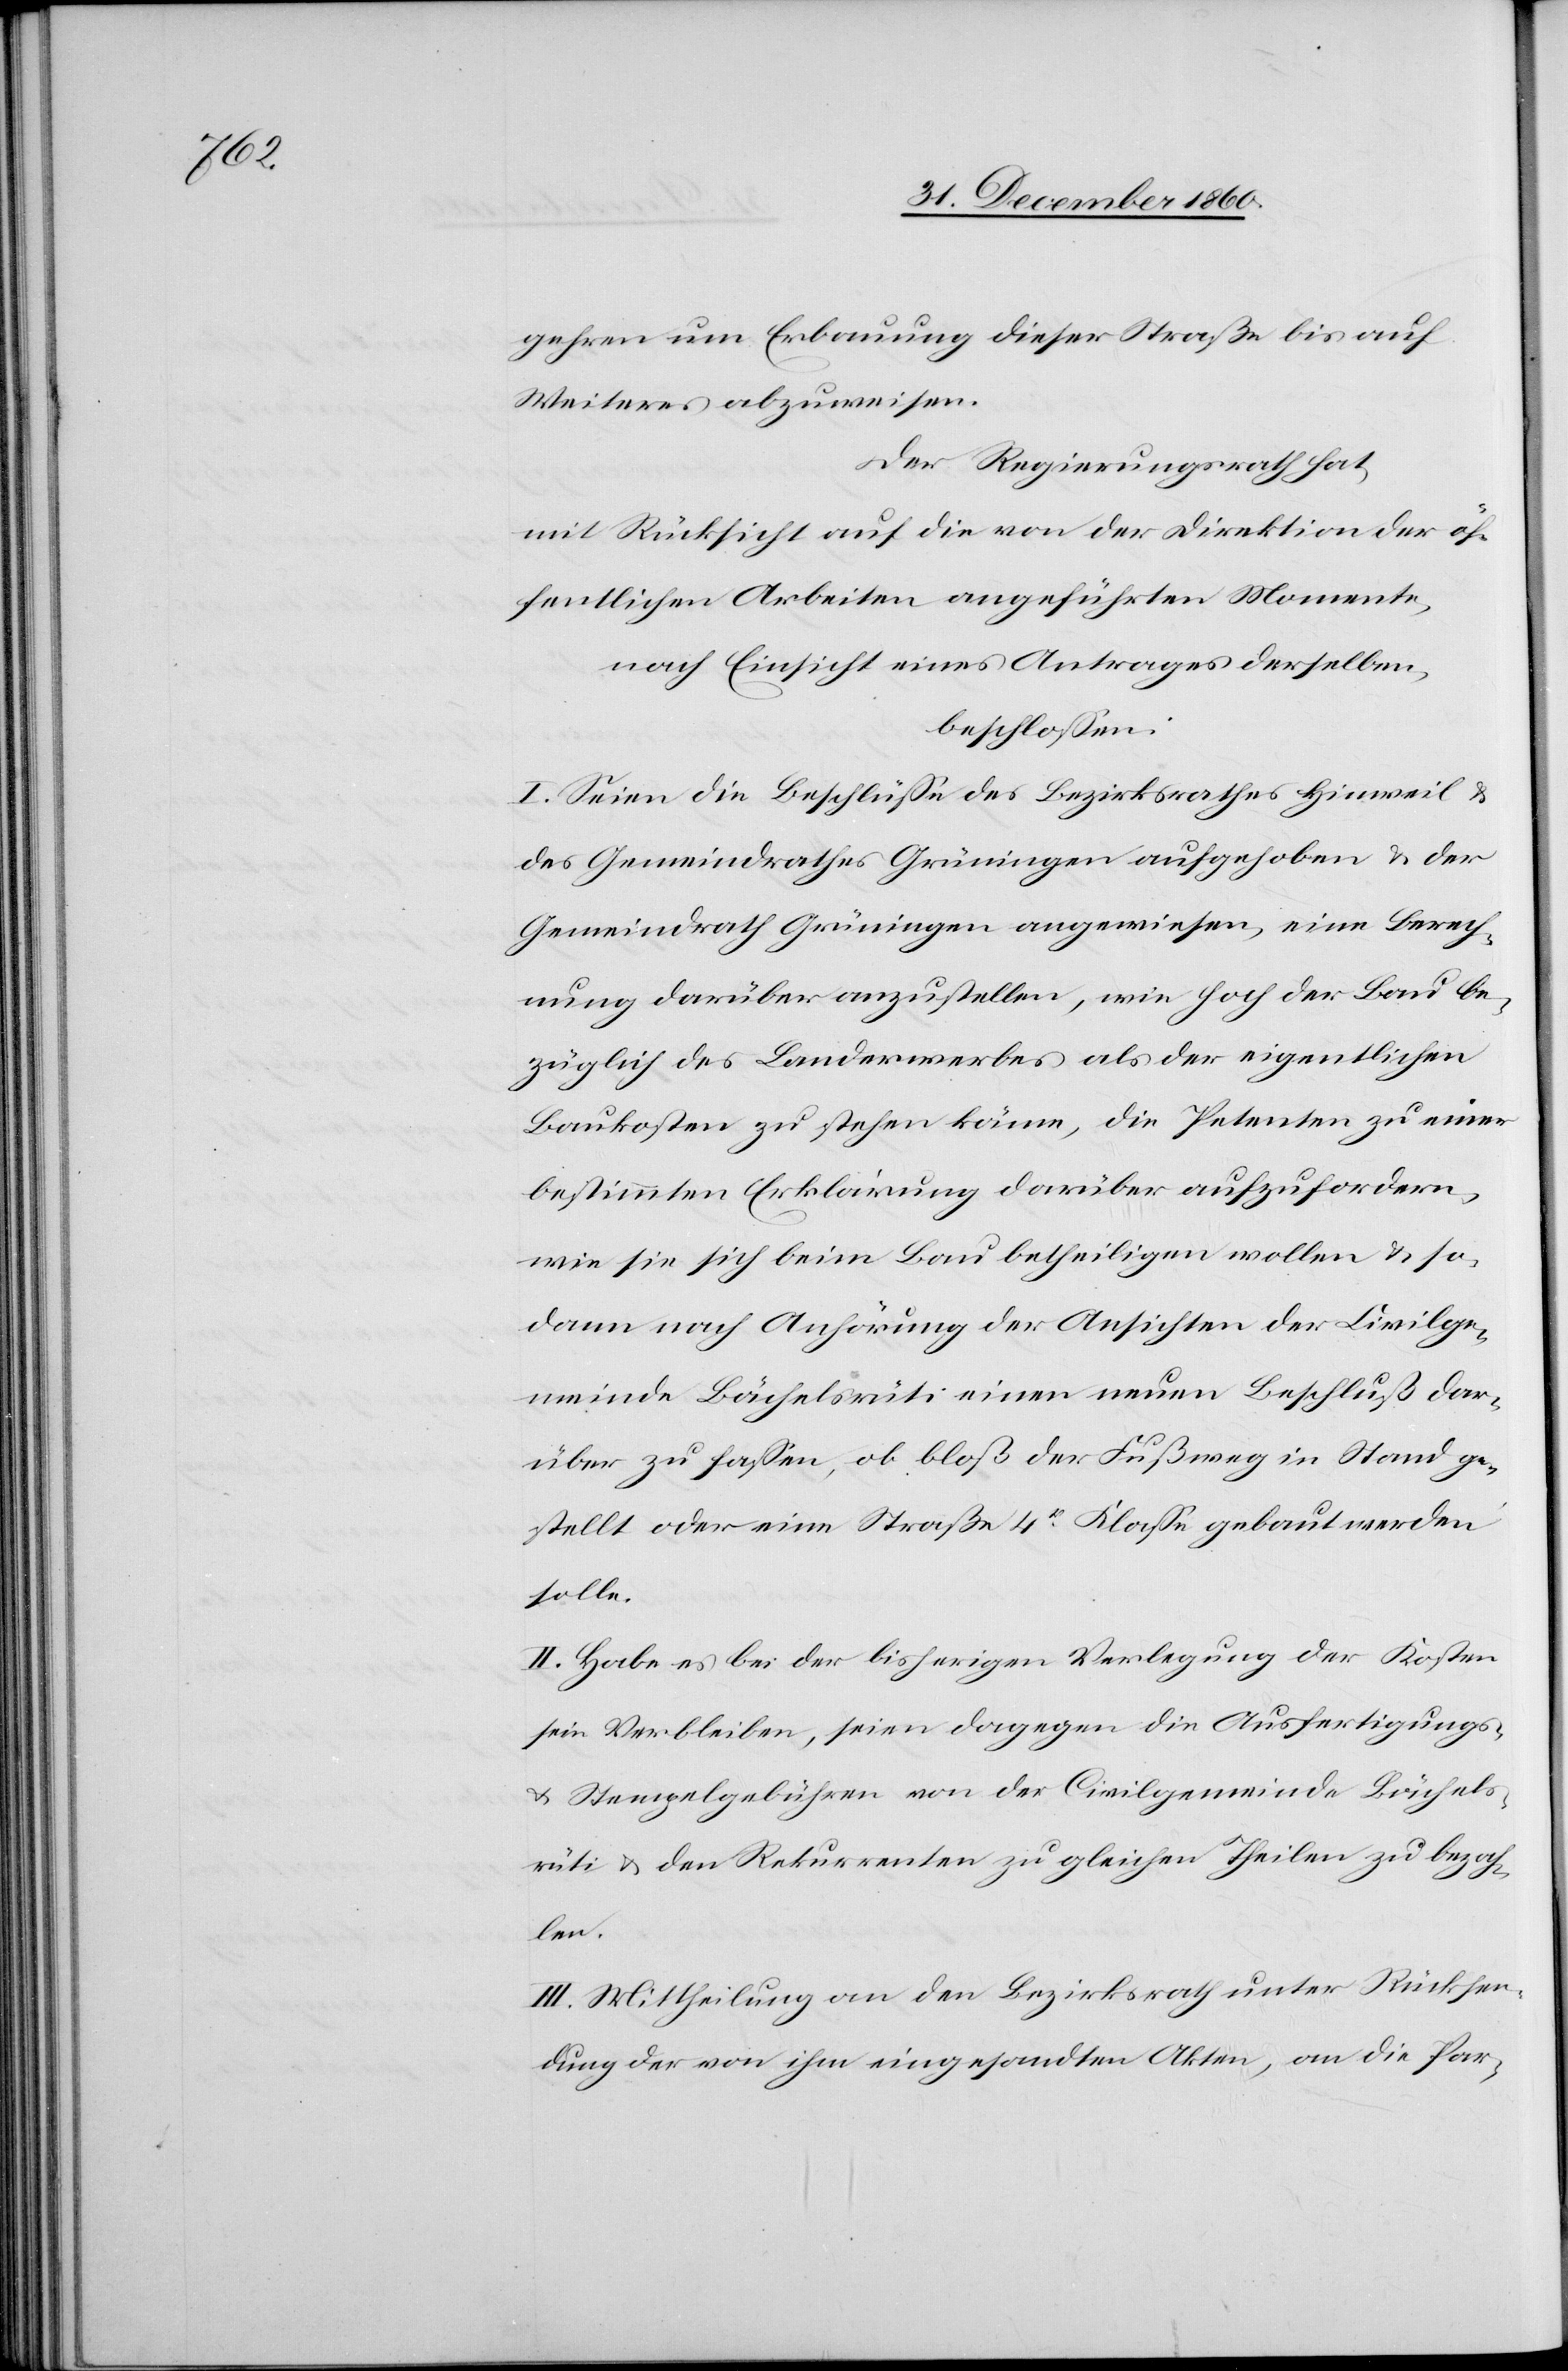
gehren um Erbauung dieser Straße bis auf
Weiteres abzuweisen.
Der Regierungsrath hat,
mit Rücksicht auf die von der Direktion der öf¬
fentlichen Arbeiten angeführten Momente,
nach Einsicht eines Antrages derselben,
beschlossen:
I. Seien die Beschlüsse des Bezirksrathes Hinweil u.
des Gemeindrathes Grüningen aufgehoben u. der
Gemeindrath Grüningen angewiesen, eine Berech¬
nung darüber anzustellen, wie hoch der Bau be¬
züglich des Landerwerbes als der eigentlichen
Baukosten zu stehen käme, die Petenten zu einer
bestimmten Erklärung darüber aufzufordern,
wie sie sich beim Bau betheiligen wollen u. so¬
dann nach Anhörung der Ansichten der Civilge¬
meinde Bächelsrüti einen neuen Beschluß dar¬
über zu fassen, ob bloß der Fußweg in Stand ge¬
stellt oder eine Straße 4r Klasse gebaut werden
solle.
II. Habe es bei der bisherigen Verlegung der Kosten
sein Verbleibe, seien dagegen die Ausfertigungs-
u. Stempelgebühren von der Civilgemeinde Bächels¬
rüti u. den Rekurrenten zu gleichen Theilen zu bezah¬
len.
III. Mittheilung an den Bezirksrath unter Rücksen¬
dung der von ihm eingesandten Akten, an die Par-